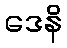
ဒေနိ